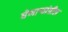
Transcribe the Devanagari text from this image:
घेणार्‍यांतील